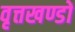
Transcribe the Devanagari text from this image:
वृत्तखण्डों